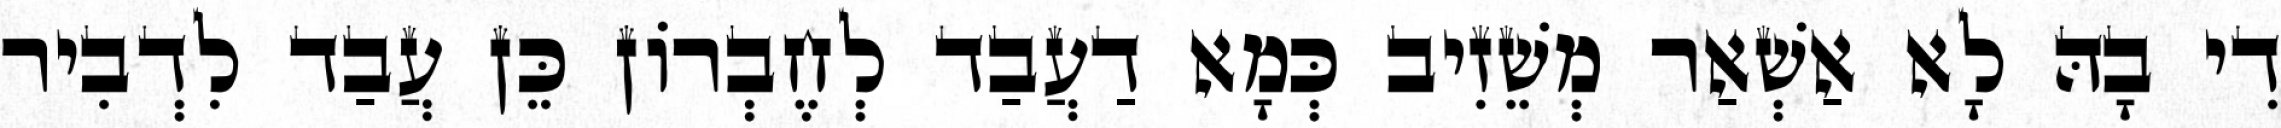
דִי בָהּ לָא אַשְׁאַר מְשֵׁזִיב כְּמָא דַעֲבַד לְחֶבְרוֹן כֵּן עֲבַד לִדְבִיר